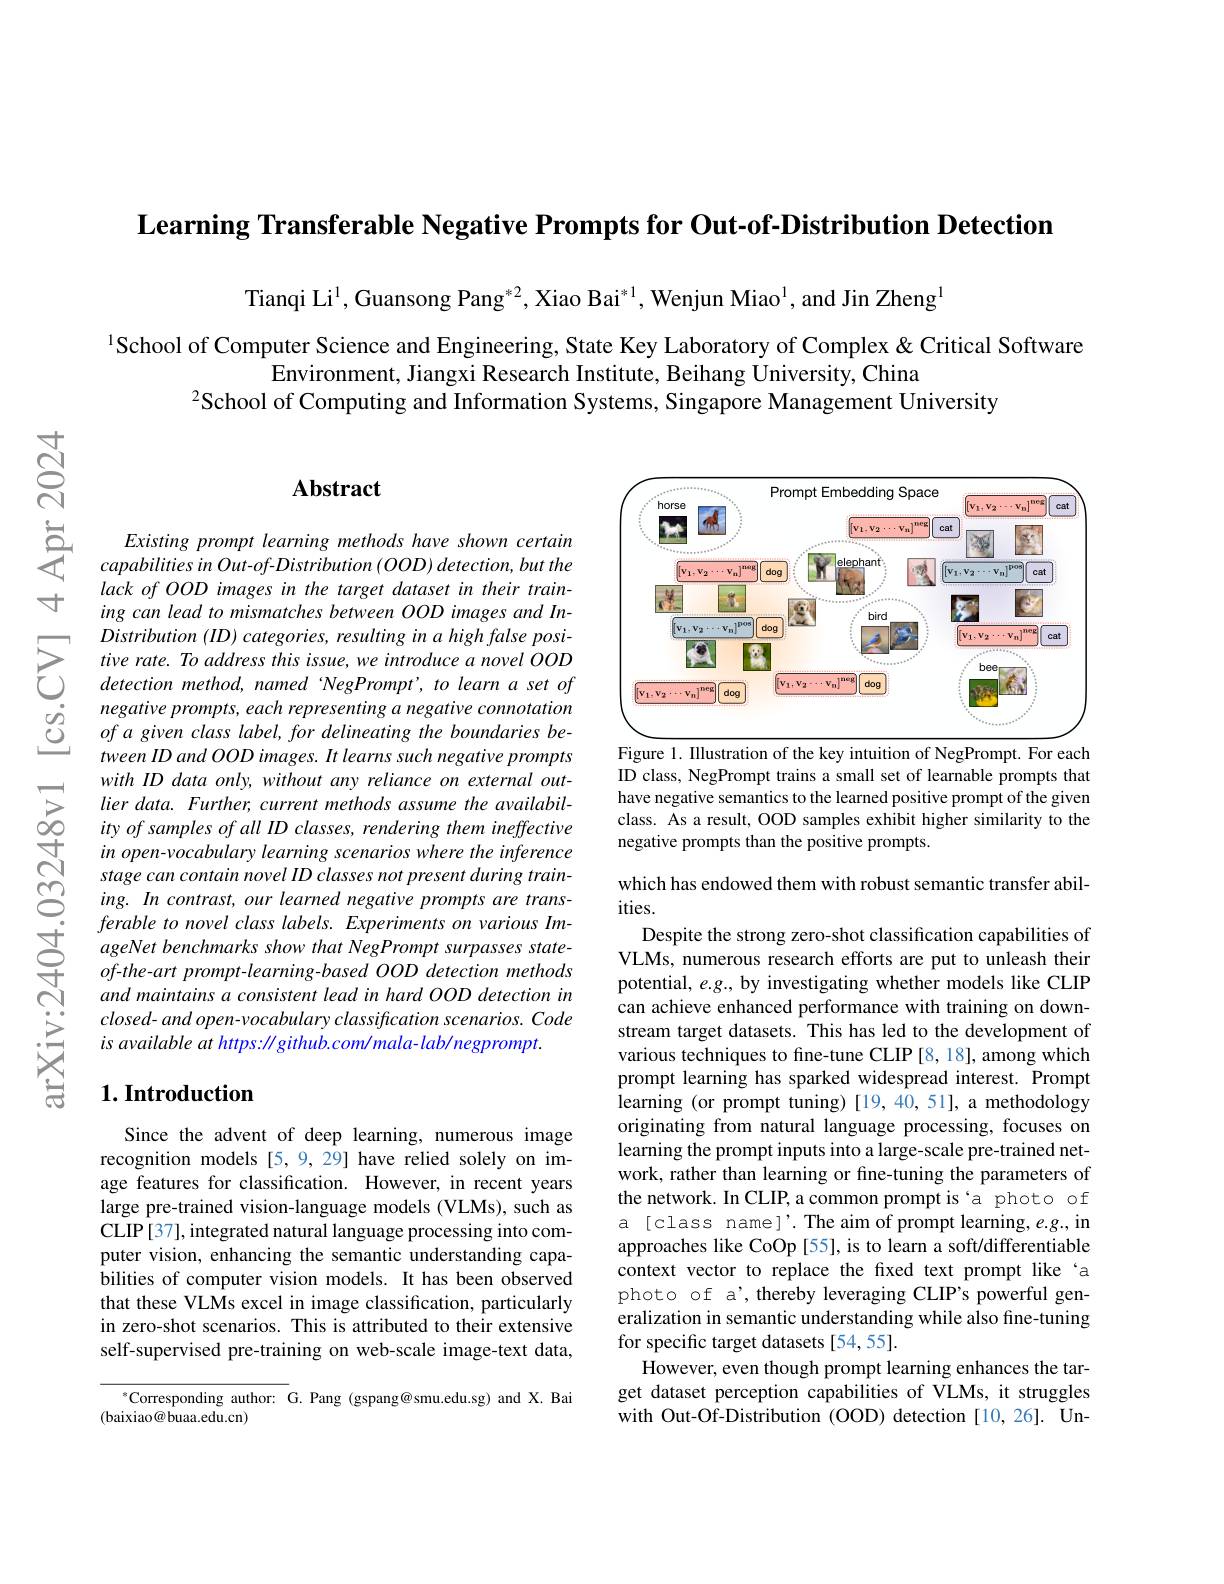
$\textbf{Learning Transferable Negative Prompts for Out- of- Distribution Detection}$

Tianqi Li$^1$,Guansong Pang$^*2,\text{Xiao Bai}^{*1}$, Wenjun Miao$^1$, and Jin Zheng

1School of Computer Science and Engineering, State Key Laboratory of Complex & Critical Software
Environment, Jiangxi Research Institute, Beihang University, China
$^{2}$School of Computing and Information Systems, Singapore Management University

## Abstract

Existing prompt learning methods have shown certain $capabilitiesinOut- of- Distribution\left ( OOD\right ) detection, but$ the lack of OOD images in the target dataset in their training can lead to mismatches between OOD images and In-
$\sum_{\begin{array}{cc}&Distribution~(ID)~categories,~resulting~in~a~high~false~posi-}\\&tive~rate.~To~address~this~issue,~we~introduce~a~novel~OOD}\\&detection~method,~named~NegPrompt',~to~learn~a~set~of}\end{array}$
negative prompts, each representing a negative connotation of a given class label, for delineating the boundaries between ID and OOD images. It learns such negative prompts with ID data only, without any reliance on external outlier data. Further, current methods assume the availability of samples of all ID classes, rendering them ineffective in open-vocabulary learning scenarios where the inference stage can contain novel ID classes not present during training. In contrast, our learned negative prompts are trans-
ferable $to$ novel class $labels.$ Experiments $on$ various $Im-$ $\forall$ ageNet benchmarks show that NegPrompt surpasses $state-$ of- the- art prompt- learning- based $OOD$ detection methods
and maintains a consistent lead in hard OOD detection in $closed-andopen-vocabularyclassificationscenarios.Code$ is available at https: $\|github.com/mala-lab/negprompt.$

### $1. \textbf{Introduction}$

Since the advent of deep learning, numerous image recognition models [5,9,29] have relied solely on image features for classification. However, in recent years large pre-trained vision-language models (VLMs), such as CLIP[37], integrated natural language processing into computer vision, enhancing the semantic understanding capabilities of computer vision models. It has been observed that these VLMs excel in image classification, particularly in zero-shot scenarios. This is attributed to their extensive self-supervised pre-training on web-scale image-text data,

$^{*}$Corresponding author: G.Pang (gspang@smu.edu.sg) and X.Bai
(baixiao@ buaa.edu.cn)

<FigureHere>
Figure 1. Illustration of the key intuition of NegPrompt. For each

ID class, NegPrompt trains a small set of learnable prompts that have negative semantics to the learned positive prompt of the given class. As a result, OOD samples exhibit higher similarity to the negative prompts than the positive prompts.

which has endowed them with robust semantic transfer abil-
ities.
Despite the strong zero-shot classification capabilities of VLMs, numerous research efforts are put to unleash their potential, $e.g.$, by investigating whether models like CLIP can achieve enhanced performance with training on downstream target datasets. This has led to the development of various techniques to fine-tune CLIP [8, 18], among which prompt learning has sparked widespread interest. Prompt learning (or prompt tuning)[19,40,51],a methodology originating from natural language processing, focuses on learning the prompt inputs into a large-scale pre-trained network, rather than learning or fine-tuning the parameters of the network. In CLIP, a common prompt is‘a photo of a [class name]'. The aim of prompt learning, e.g., in approaches like CoOp [55], is to learn a soft/differentiable context vector to replace the fixed text prompt like‘a photo of a', thereby leveraging CLIP's powerful generalization in semantic understanding while also fine-tuning for specific target datasets [54,55].
However, even though prompt learning enhances the target dataset perception capabilities of VLMs, it struggles with Out-Of-Distribution (OOD) detection [10,26]. Un-